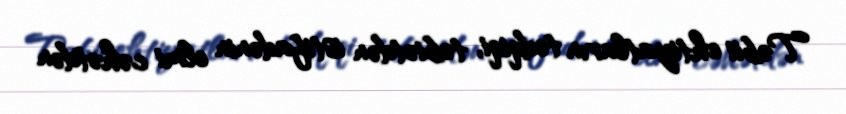
Təbii ehtiyatların tədqiqi, təbiətdən istifadənin elmi cəhətdən